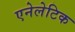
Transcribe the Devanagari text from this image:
एनेलेटिक